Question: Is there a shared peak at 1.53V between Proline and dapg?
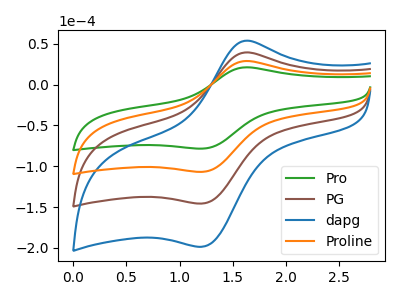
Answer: <think>The green curve "Pro" has an anodic peak at (1.60V, 21.05uA) and a cathodic peak at (1.20V, -78.35uA). The brown curve "PG" has an anodic peak at (1.60V, 57.40uA) and a cathodic peak at (1.20V, -213.60uA). The blue curve "dapg" has an anodic peak at (1.60V, 86.10uA) and a cathodic peak at (1.20V, -320.40uA). The orange curve "Proline" has an anodic peak at (1.60V, 28.70uA) and a cathodic peak at (1.20V, -106.80uA).</think>
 <answer>No, "Proline" and "dapg" dont share a peak at 1.53V.</answer>
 <eval>mismatch</eval>